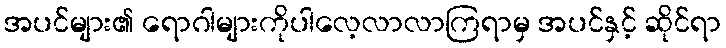
အပင်များ၏ ရောဂါများကိုပါလေ့လာလာကြရာမှ အပင်နှင့် ဆိုင်ရာ